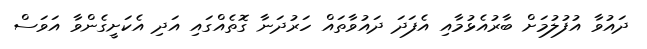
ދައުވާ އުފުލުމަށް ބާރުއެޅުމާއި އެފަދަ ދައުވާތައް ހަރުދަނާ ގޮތެއްގައި އަދި އެކަށީގެންވާ އަވަސް